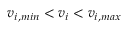
v _ { i , m i n } < v _ { i } < v _ { i , m a x }